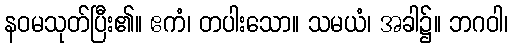
နဝမသုတ်ပြီး၏။ ဧကံ၊ တပါးသော။ သမယံ၊ အခါ၌။ ဘဂဝါ၊